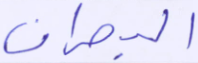
البحران